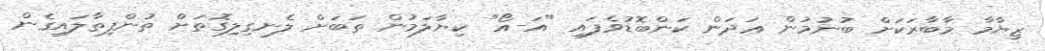
ޒިޔާމާ މާބާރަކަށް ބުނުމުން ޢަދަން ކަންބޮޑުވެފައި "އަ-އޯ" ކިޔާލަމުން ތަބަށް ލެނގިލިގޮތަށް ތުންފިތާލައިގެން